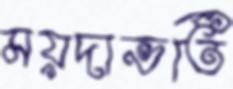
ময়দাভর্তি